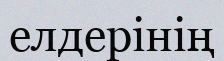
елдерінің